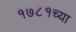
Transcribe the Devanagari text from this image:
१७८१च्या